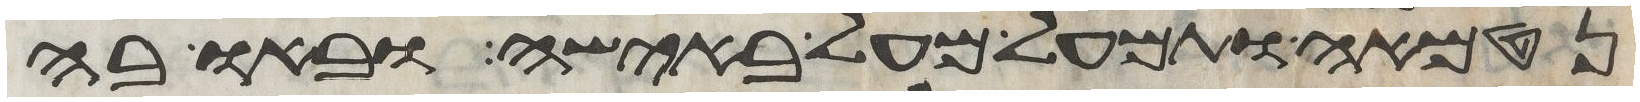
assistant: נטמאה ותמעל מעל באישה ובאו בה